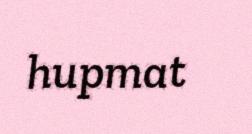
hupmat